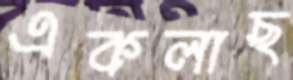
একলাছ